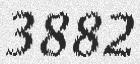
3882